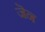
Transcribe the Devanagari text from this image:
जॆन